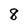
Character: 8